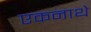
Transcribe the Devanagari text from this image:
एकनाथे